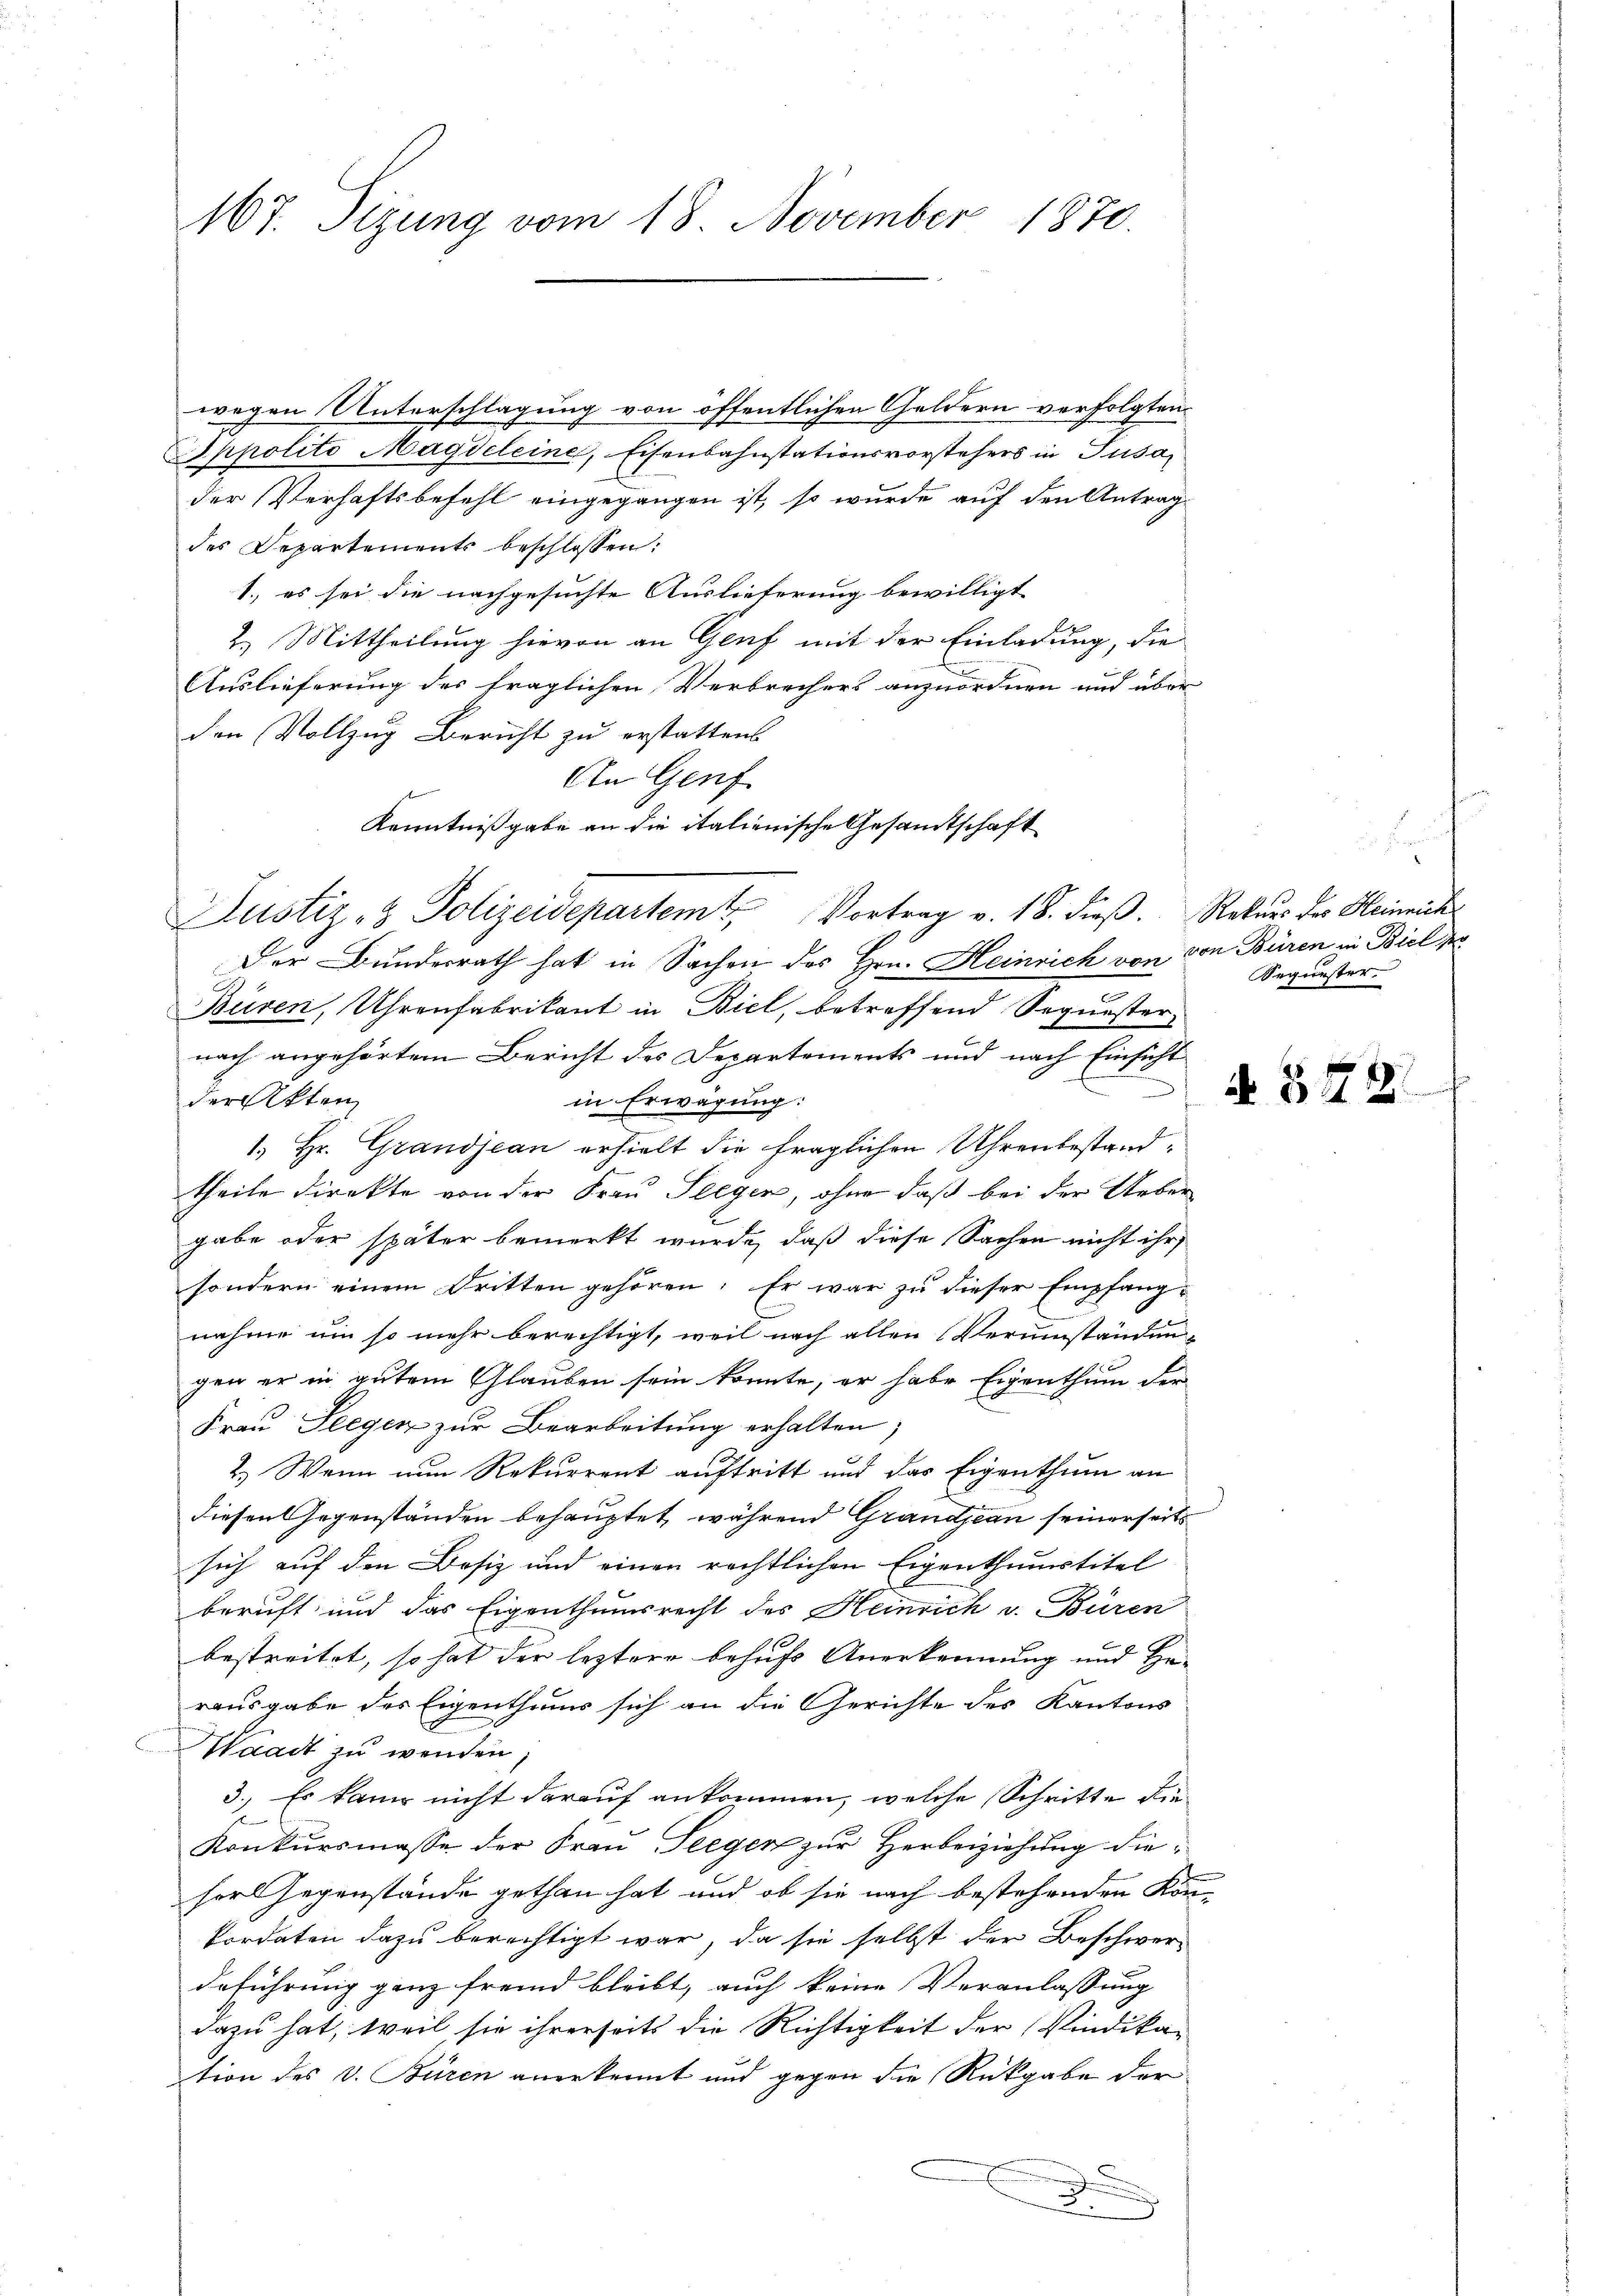
167. Sizung vom 18. November 1870.

wegen Unterschlagung von öffentlichen Geldern verfolgten
Sppolito Magdeleine, Eisenbahnstationsvorstehers in Susa
der Verhaftsbefehl eingegangen ist, so wurde auf den Antrag-
des Departements beschlossen:
1., es sei die nachgesuchte Auslieferung bewilligt
2.) Mittheilung hievon an Genf mit der Einladung, die
Auslieferung des fraglichen Verbrechers anzuordnen und über
den Vollzug Bericht zu erstattens
An Genf
Der Bundesrath hat in Sachen des Hrn. Heinrich von von Büren in Biel s
c
Büren, Uhrenfabrikant in Biel, betreffend Sequester,
nach angehörtem Bericht des Departements und nach Einsicht
der Akten
in Erwägung:
1.) Hr. Grandjean erhielt die fraglichen Uhrenbestandtheile direkte von der Frau Seegen, ohne daß bei der Ueber
gabe oder später bemerkt wurde, daß diese Sachen nicht ihr
sondern einem Dritten gehören. Er war zu dieser Empfang-
nahme um so mehr berechtigt, weil nach allen Verumständen-
gen er in gutem Glauben sein konnte, er habe Eigenthum der
Frau Seegen zur Bearbeitung erhalten,
2.) Wenn nun Rekurrent auftritt und das Eigenthum an
diesen Gegenständen behauptet, während Grandjean seinerseits
sich auf den Besiz und einen rechtlichen Eigenthumstitel
beruft und das Eigenthumsrecht des Heinrich v. Büren
bestreitet, so hat der leztere behufs Anerkennung und Herausgabe des Eigenthums sich an die Gerichte des Kantons
Waadt zu wenden
3.) Es kann nicht darauf ankommen, welche Schritte die
Konkursmasse der Frau Seegen zur Herbeiziehung diehorl Gegenstände gethan hat und ob sie nach bestehenden Kon¬
Pordaten dazu berechtigt war, da sie selbst der Beschwer-
deführung ganz fremd bleibt, auch keine Veranlassung
dazu hat, weil sie ihrerseits die Richtigkeit der Vindikation des V. Büren anerkennt und gegen die Rückgabe der
d
2

Kenntnißgabe an die italienische Gesamtschaft
Justiz- & Polizeidepartem Vortrag v. 18. dieß. Rekurs des Heinrich

Sequester.

N 542